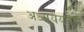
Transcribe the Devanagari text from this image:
अध्यययनम्